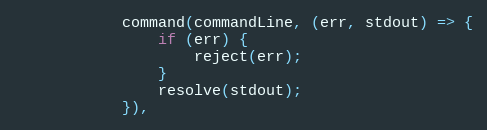
Language: JavaScript
            command(commandLine, (err, stdout) => {
                if (err) {
                    reject(err);
                }
                resolve(stdout);
            }),